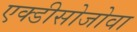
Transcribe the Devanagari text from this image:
एक्डीसोजोवा